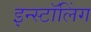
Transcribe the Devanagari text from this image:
इन्स्टॉलिंग